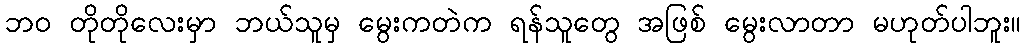
ဘဝ တိုတိုလေးမှာ ဘယ်သူမှ မွေးကတဲက ရန်သူတွေ အဖြစ် မွေးလာတာ မဟုတ်ပါဘူး။